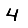
Digit: 4